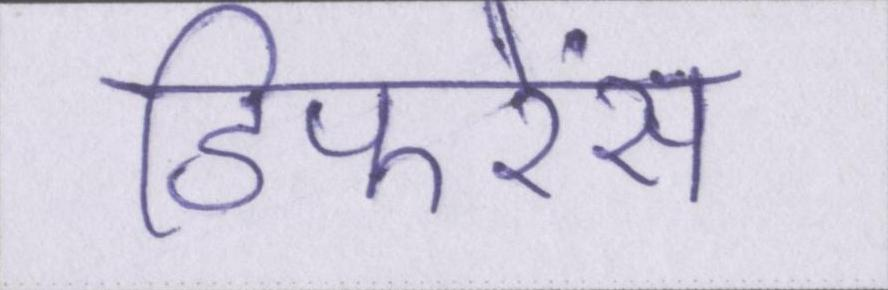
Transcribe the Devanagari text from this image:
डिफरेंस